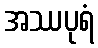
အဿပုရံ